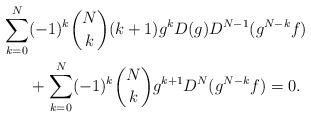
LaTeX: \begin{align*}\sum_{k=0}^N&(-1)^k\binom{N}{k}(k+1)g^kD(g)D^{N-1}(g^{N-k}f)\\&+\sum_{k=0}^N(-1)^k\binom{N}{k}g^{k+1}D^N(g^{N-k}f)=0.\end{align*}